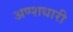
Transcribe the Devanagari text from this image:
अण्शधारी